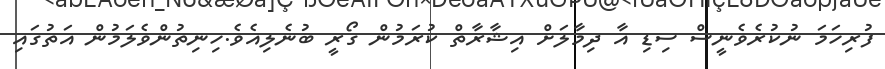
ފުރިހަމަ ނުކުރެވެނީސް ސިޑި އާ ދިމާލަށް އިޝާރާތް ކުރަމުން ގޯރީ ބުނެލިއެވެ.ހިނިތުންވެލަމުން އަތުގައި